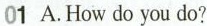
01 A.How do you do?